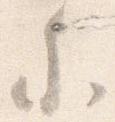
参